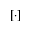
\left[ \cdot \right]